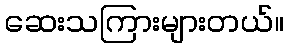
ဆေးသကြားများတယ်။